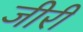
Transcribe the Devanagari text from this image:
जीरी